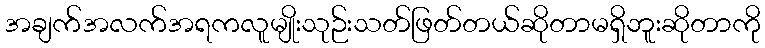
အချက်အလက်အရကလူမျိုးသုဉ်းသတ်ဖြတ်တယ်ဆိုတာမရှိဘူးဆိုတာကို